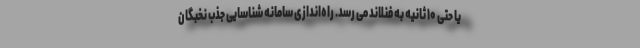
یا حتی ۱۰ ثانیه به فنلاند می رسد. راه‌اندازی سامانه شناسایی جذب نخبگان